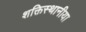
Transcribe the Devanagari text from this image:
शक्तिस्थानीया